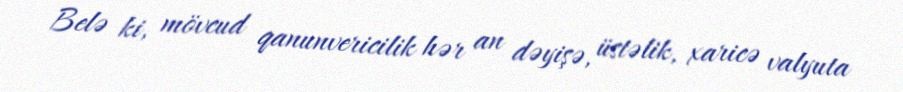
Belə ki, mövcud qanunvericilik hər an dəyişə, üstəlik, xaricə valyuta